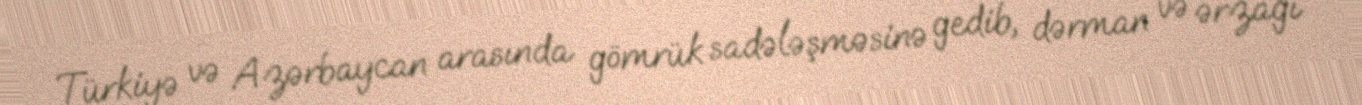
Türkiyə və Azərbaycan arasında gömrük sadələşməsinə gedib, dərman və ərzağı